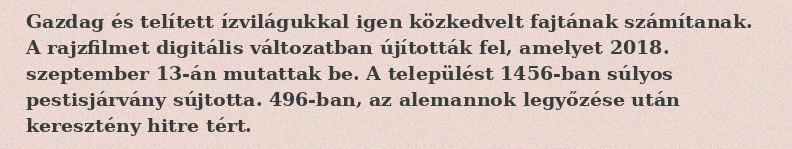
Gazdag és telített ízvilágukkal igen közkedvelt fajtának számítanak. A rajzfilmet digitális változatban újították fel, amelyet 2018. szeptember 13-án mutattak be. A települést 1456-ban súlyos pestisjárvány sújtotta. 496-ban, az alemannok legyőzése után keresztény hitre tért.